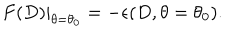
LaTeX: \left. F ( D ) \right| _ { \theta = \theta _ { 0 } } = - \epsilon ( D , \theta = \theta _ { 0 } ) .